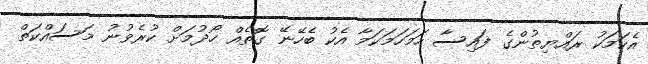
އެކަމަކު ރައްޔިތުންގެ ފައިސާ ހަމަހަމަކަމާ އެކު ބެހޭނޭ ގޮތެއް ހޯދުމަށް ކުރެވުނު މަސައްކަތް